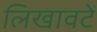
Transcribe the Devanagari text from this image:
लिखावटें